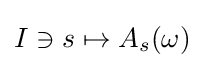
I\ni s\mapsto A_{s}(\omega )